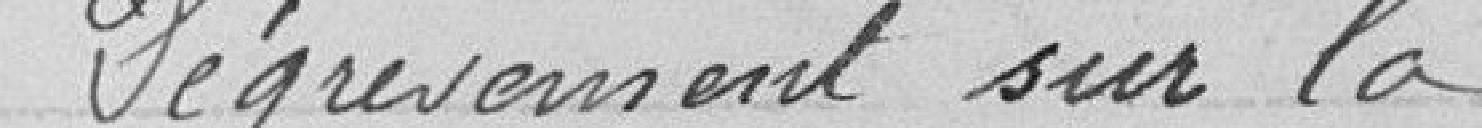
Dégrèvement sur la